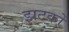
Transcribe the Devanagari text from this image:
झटकोँ